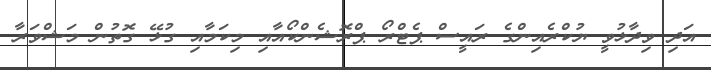
އަދި ވިދާޅުވީ ޔުކްރެއިންގެ ރައީސް ޕެޓްރޯ ޕްރޮޝެންކޯއާއި މިކަމާއި ގުޅޭ ގޮތުން މަޝްވަރާ